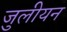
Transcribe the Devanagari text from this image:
जुलीयन